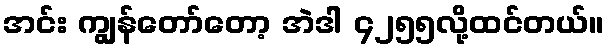
အင်း ကျွန်တော်တော့ အဲဒါ ၄၂၅၅လို့ထင်တယ်။